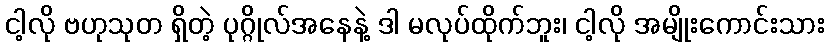
ငါ့လို ဗဟုသုတ ရှိတဲ့ ပုဂ္ဂိုလ်အနေနဲ့ ဒါ မလုပ်ထိုက်ဘူး၊ ငါ့လို အမျိုးကောင်းသား